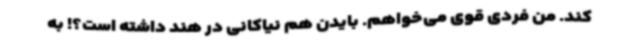
کند. من فردی قوی می‌خواهم. بایدن هم نیاکانی در هند داشته است؟! به